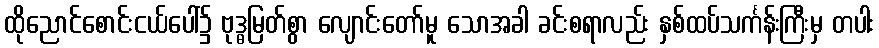
ထိုညောင်စောင်းငယ်ပေါ်၌ ဗုဒ္ဓမြတ်စွာ လျောင်းတော်မူ သောအခါ ခင်းစရာလည်း နှစ်ထပ်သင်္ကန်းကြီးမှ တပါး